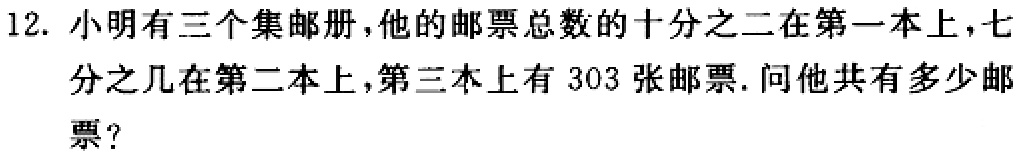
12. 小明有三个集邮册，他的邮票总数的十分之二在第一本上，七分之几在第二本上，第三本上有 303 张邮票. 问他共有多少邮票？